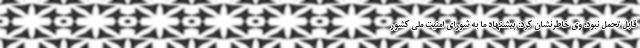
قابل تحمل نبود. وی خاطرنشان کرد: پیشنهاد ما به شورای امنیت ملی کشور